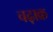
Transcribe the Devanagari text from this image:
चढ़ाक्र